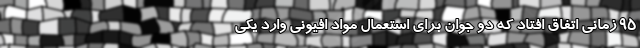
۹۵ زمانی اتفاق افتاد که دو جوان برای استعمال مواد افیونی وارد یکی